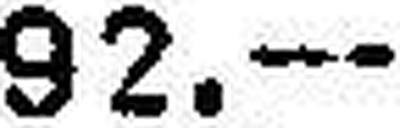
92.—